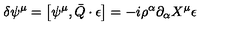
\delta \psi ^ { \mu } = \left[ \psi ^ { \mu } , \bar { Q } \cdot \epsilon \right] = - i \rho ^ { \alpha } \partial _ { \alpha } X ^ { \mu } \epsilon